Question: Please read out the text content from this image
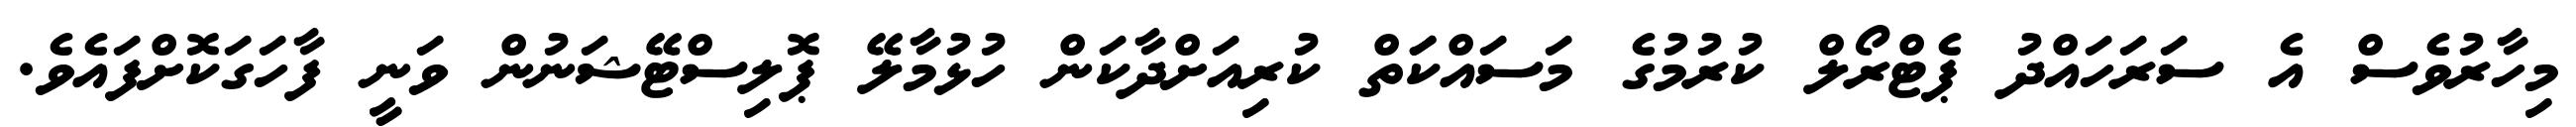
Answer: މިހާރުވެސް އެ ސަރަހައްދު ޕެޓްރޯލް ކުރުމުގެ މަސައްކަަތް ކުރިއަށްދާކަން ހުޅުމާލޭ ޕޮލިސްޓޭޝަނުން ވަނީ ފާހަގަކޮށްފައެވެ.